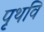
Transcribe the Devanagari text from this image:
पृथवि